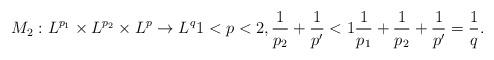
LaTeX: \begin{align*}M_2 : L^{p_1} \times L^{p_2} \times L^p \to L^q 1<p<2, \frac{1}{p_2}+\frac{1}{p'}<1 \frac{1}{p_1}+\frac{1}{p_2}+\frac{1}{p'}=\frac{1}{q}.\end{align*}